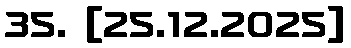
35. [25.12.2025]